Civil Veterinary Department Bihar reports 1936-40 - 1936-1940
Year: 1936
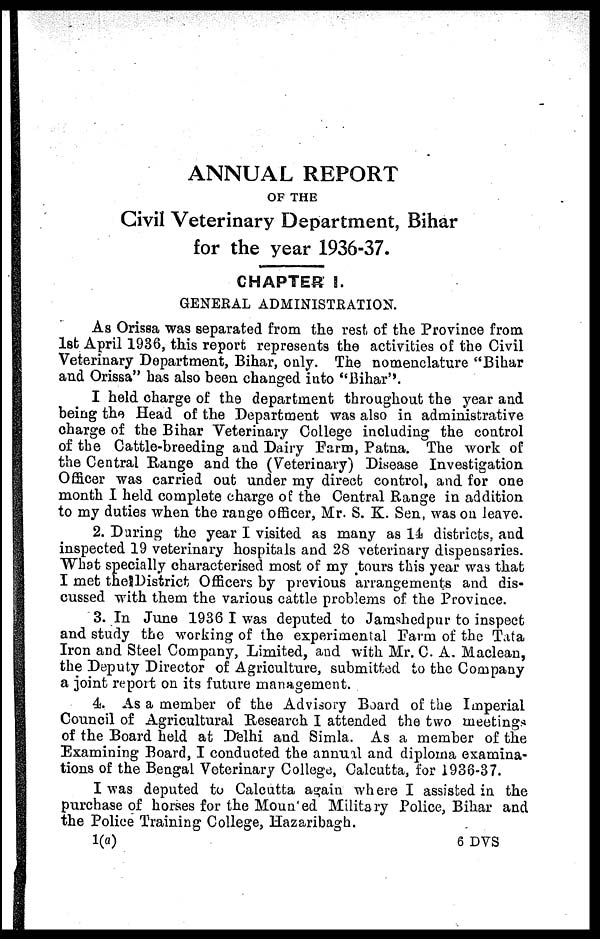
ANNUAL REPORT
OF THE
Civil Veterinary Department, Bihar
for the year 1936-37.
CHAPTER 1.
GENERAL ADMINISTRATION.
As Orissa was separated from the rest of the Province from
1st April 1936, this report represents the activities of the Civil
Veterinary Department, Bihar, only. The nomenclature "Bihar
and Orissa" has also been changed into "Bihar".
I held charge of the department throughout the year and
being the Head of the Department was also in administrative
charge of the Bihar Veterinary College including the control
of the Cattle-breeding and Dairy Farm, Patna. The work of
the Central Range and the (Veterinary) Disease Investigation
Officer was carried out under my direct control, and for one
month I held complete charge of the Central Range in addition
to my duties when the range officer, Mr. S. K. Sen, was on leave.
2. Daring the year I visited as many as 1-1 districts, and
inspected 19 veterinary hospitals and 28 veterinary dispensaries.
What specially characterised most of my tours this year was that
I met the District Officers by previous arrangements and dis-
cussed with them the various cattle problems of the Province.
3. In June 1936 I was deputed to Jamshedpur to inspect
and study the working of the experimental Farm of the Tata
Iron and Steel Company, Limited, and with Mr. C. A. Maclean,
the Deputy Director of Agriculture, submitted to the Company
a joint report on its future management.
4. As a member of the Advisory Board of the Imperial
Council of Agricultural Research I attended the two meeting
of the Board held at Delhi and Simla. As a member of the
Examining Board, I conducted the annual and diploma examina-
tions of the Bengal Veterinary College, Calcutta, for 1936-37.
I was deputed to Calcutta again where I assisted in the
purchase of horses for the Moun ed Military Police, Bihar and
the Police Training College, Hazaribagh.
1(a)
6 DVS